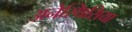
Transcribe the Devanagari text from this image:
अनेस्थिसिया